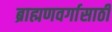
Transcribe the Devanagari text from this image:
ब्राह्मणवर्गासाठी